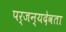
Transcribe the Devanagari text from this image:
पर्जन्यदेवता